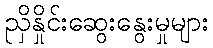
ညှိနှိုင်းဆွေးနွေးမှုများ